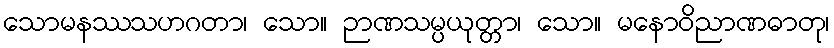
သောမနဿသဟဂတာ၊ သော။ ဉာဏသမ္ပယုတ္တာ၊ သော။ မနောဝိညာဏဓာတု၊